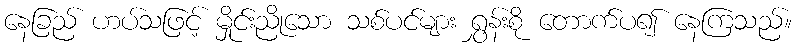
နေခြည် ဟပ်သဖြင့် မှိုင်းညိုသော သစ်ပင်များ ရွှန်းစို တောက်ပ၍ နေကြသည်။